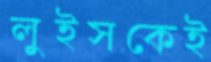
লুইসকেই